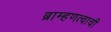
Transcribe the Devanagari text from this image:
ब्राम्हणत्वाची